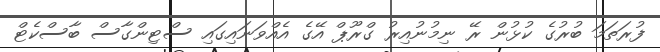
ފުރަތަމަ ބުރުގެ ކުޅުން ރޭ ނިމުނުއިރު ގްރޫޕް އޭގެ އެއްވަނައިގައި ސްޓިންގާސް ބާސްކެޓް